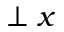
\perp x